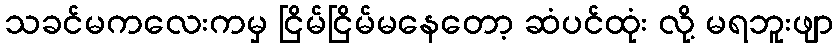
သခင်မကလေးကမှ ငြိမ်ငြိမ်မနေတော့ ဆံပင်ထုံး လို့ မရဘူးဖျာ